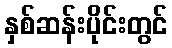
နှစ်ဆန်းပိုင်းတွင်